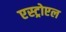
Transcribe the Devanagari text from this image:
एस्ट्रोएल